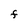
Character: F